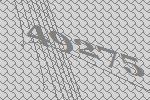
49275